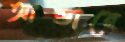
আন্ডারে